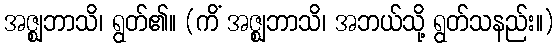
အဇ္ဈဘာသိ၊ ရွတ်၏။ (ကိံ အဇ္ဈဘာသိ၊ အဘယ်သို့ ရွတ်သနည်း။)